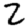
Digit: 2